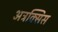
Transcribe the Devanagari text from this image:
अत्रक्सिस